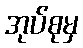
အုပ်စုမှ